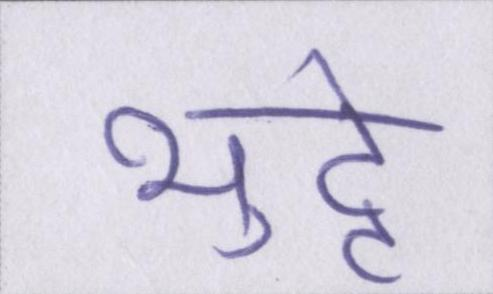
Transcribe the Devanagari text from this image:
भुट्टे